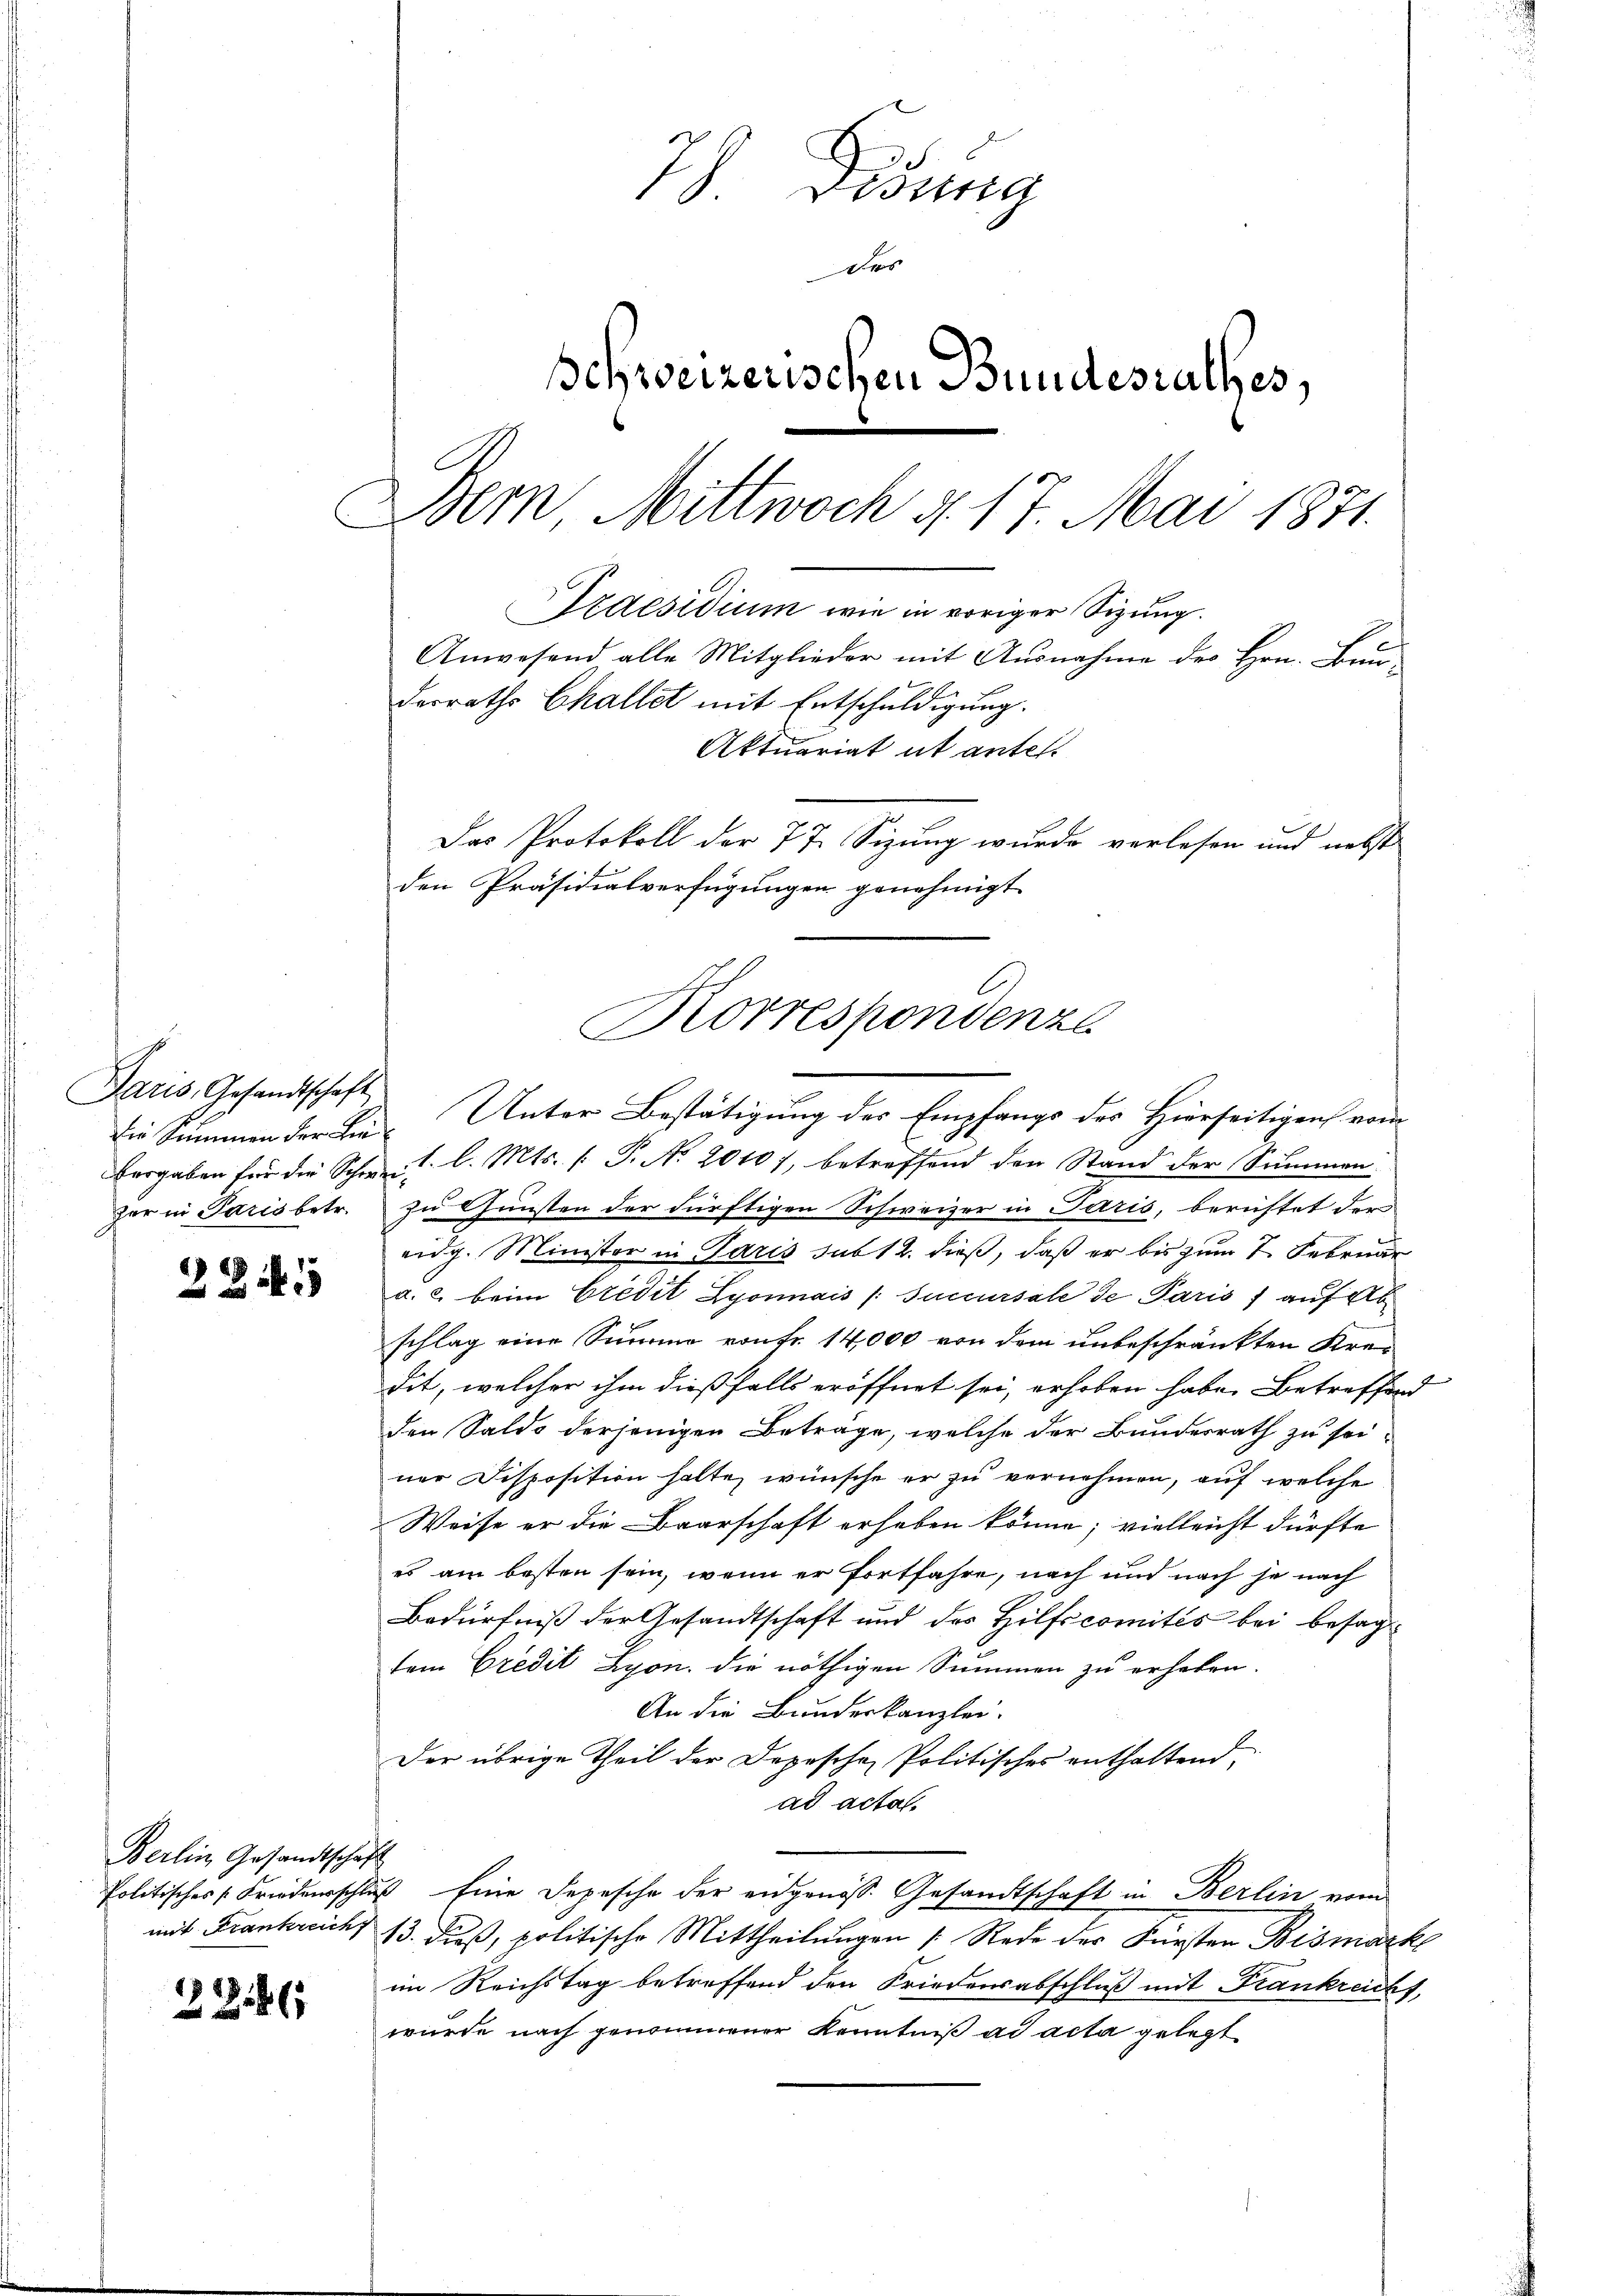
Paris, Gesandtschaft
die Summen der Lie¬

221

Berlin Gesandtschaft

2246

7 Didung
des
schweizerischen Bundesrathes,
Bern, Mittwoch d. 17. Mai 1871.
Praesidium wie in voriger Sizung.
Anwesend alle Mitglieder mit Ausnahme des Hrn. Bun
derraths Challet mit Entschuldigung.
Aktuariat ut antel.
Das Protokoll der 77. Sizung wurde verlesen und nebst
den Präsidialverfügungen genehmigt.

vergaben für die Schweil l. Mts. /: P. N. 2010), betreffend den Stand der Summen
zer in Paris betr. zu Gunsten der dürftigen Schweizer in Paris, berichtet der
eidg. Minister in Paris sub 12. dieß, daß er bis zum 7 Februar
a. 2 beim Credit Lyonnais (Succursale de Paris auf Ab
schlag eine Summe von Fr. 14,000 von dem unbeschränkten Kredit, welcher ihm dießfalls eröffnet sei, erhoben habe. Betreffend
den Saldo derjenigen Beträge, welche der Bundesrath zu sei-
ner Disposition halte, wünsche er zu vernehmen, auf welche
Weise er die Baarschaft erheben könne; vielleicht dürfte
es am besten sein, wenn er fortfahre, nach und nach je nach
Bedürfniß der Gesandtschaft und des Hilfscomités bei besagtem Credit Lyon, die nöthigen Summen zu erheben.
An die Bundeskanzlei.
Der übrige Theil der Depeschen Politisches enthaltend,
ad acta.
Politisches Friedenschluß Eine Depesche der eidgenöss. Gesandtschaft in Berlin vom
mit Frankreichs 13. dieß, politische Mittheilungen Rede der Fürsten Bismarke
im Reichstag betreffend den Friedensabschluß mit Frankreicht,
wurde nach genommener Kenntniß ad acta gelegt

l
Korrespondenzl
Unter Bestätigung des Empfangs des Hierseitigen vom